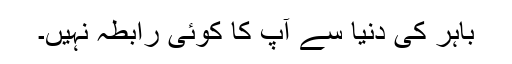
باہر کی دنیا سے آپ کا کوئی رابطہ نہیں۔